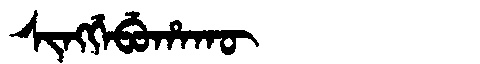
Manchu: ᠰᡳᠩᡤᡝᠪᡠᡥᠠᡴᡡ
Romanization: SINGGEBUHAKŪ